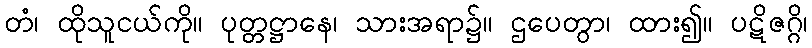
တံ၊ ထိုသူငယ်ကို။ ပုတ္တဋ္ဌာနေ၊ သားအရာ၌။ ဌပေတွာ၊ ထား၍။ ပဋိဇဂ္ဂိ၊